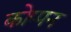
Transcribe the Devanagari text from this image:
कोप्पन